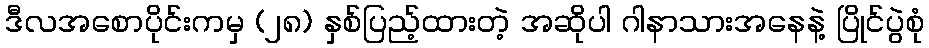
ဒီလအစောပိုင်းကမှ (၂၈) နှစ်ပြည့်ထားတဲ့ အဆိုပါ ဂါနာသားအနေနဲ့ ပြိုင်ပွဲစုံ